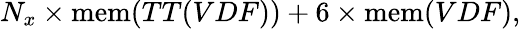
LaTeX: N_{x}\times\mathrm{mem}(TT(VDF))+6\times\mathrm{mem}(VDF),